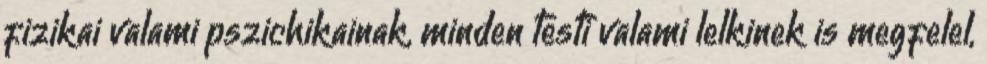
fizikai valami pszichikainak, minden testi valami lelkinek is megfelel,